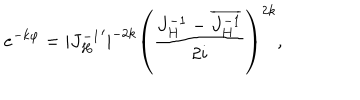
LaTeX: e ^ { - k \varphi } = | { J _ { H } ^ { - 1 } } ^ { \prime } | ^ { - 2 k } \left( { \frac { J _ { H } ^ { - 1 } - \overline { { { J _ { H } ^ { - 1 } } } } } { 2 i } } \right) ^ { 2 k } ,